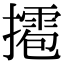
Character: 𢶉